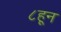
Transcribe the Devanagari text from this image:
८हून